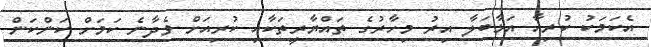
އެކަމަކު ކުރިއާ އަޅާބަލާ އިރު މިހާރުގެ ތައްޔާރީތަކާއި ކުރިއަށް ވެދާނެ ކަމަށް ކަންކަން